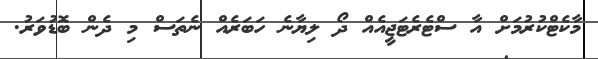
މާކެޓްކުރުމަށް އާ ސްޓެރެޓަޖީއެއް ދޯ ލިޔާނެ ހަބަރެއް ނެތަސް މި ދެން ބޮޑުވަރު.